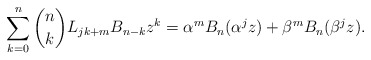
\begin{align*}\sum_{k = 0}^n {\binom nkL_{jk + m} B_{n - k} z^k } = \alpha^m B_n(\alpha ^j z) + \beta^m B_n (\beta ^j z).\end{align*}